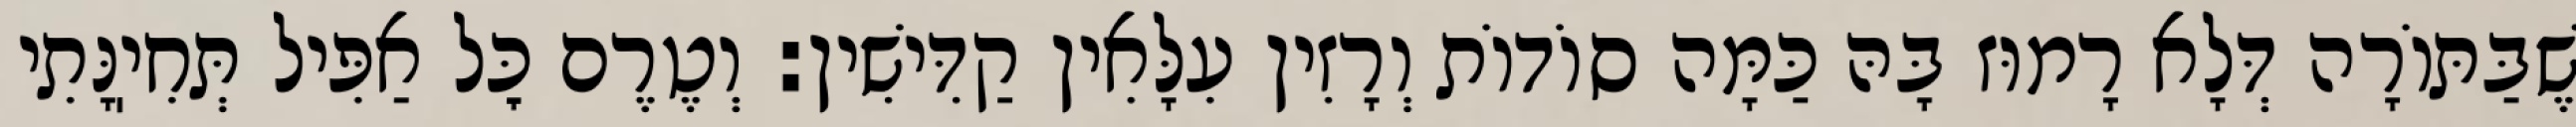
שֶׁבַּתּוֹרָה דְּלָא רָמוּז בָּהּ כַּמָּה סוֹדוֹת וְרָזִין עִלָּאִין קַדִּישִׁין: וְטֶרֶם כׇּל אַפִּיל תְּחִיֽנָּתִי